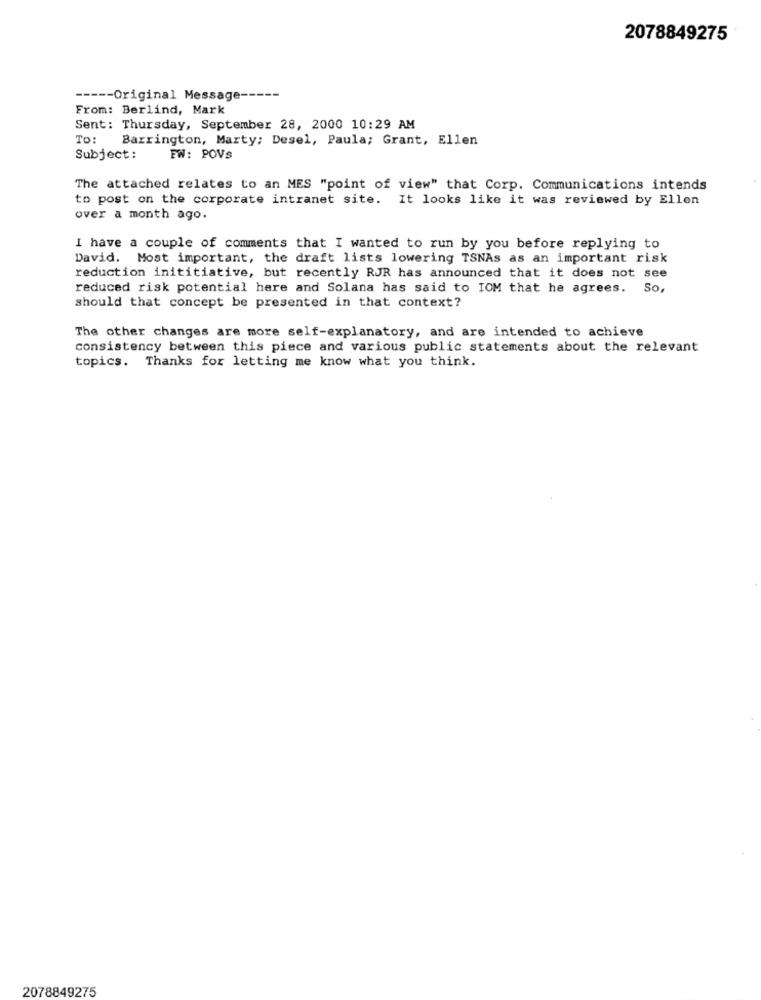
2078849275
---- Original Message-
From: Berlind, Mark
Sent: Thursday, September 28, 2000 10:29 AM
To:
Barrington, Marty; Desel, Paula; Grant, Ellen
Subject:
FW: POVS
The attached relates to an MES "point of view" that Corp. Communications intends
to post on the corporate intranet site. It looks like it was reviewed by Ellen
over a month ago.
I have a couple of comments that I wanted to run by you before replying to
David. Most important, the draft lists lowering TSNAs as an important risk
reduction inititiative, but recently RJR has announced that it does not see
reduced risk potential here and Solana has said to IOM that he agrees. So,
should that concept be presented in that context?
The other changes are more self-explanatory, and are intended to achieve
consistency between this piece and various public statements about the relevant
topics. Thanks for letting me know what you think.
2078849275